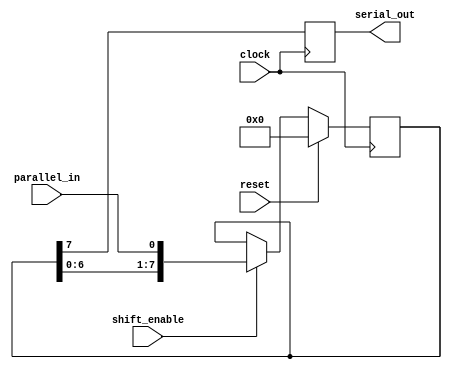
module piso_shift_register(
  input wire parallel_in,
  input wire clock,
  input wire shift_enable,
  input wire reset,
  output reg serial_out
);

  reg [7:0] data;
  
  always @(posedge clock) begin
    if (reset) begin
      data <= 8'b0;
    end else if (shift_enable) begin
      data <= {data[6:0], parallel_in};
    end
  end
  
  always @(posedge clock) begin
    serial_out <= data[7];
  end

endmodule